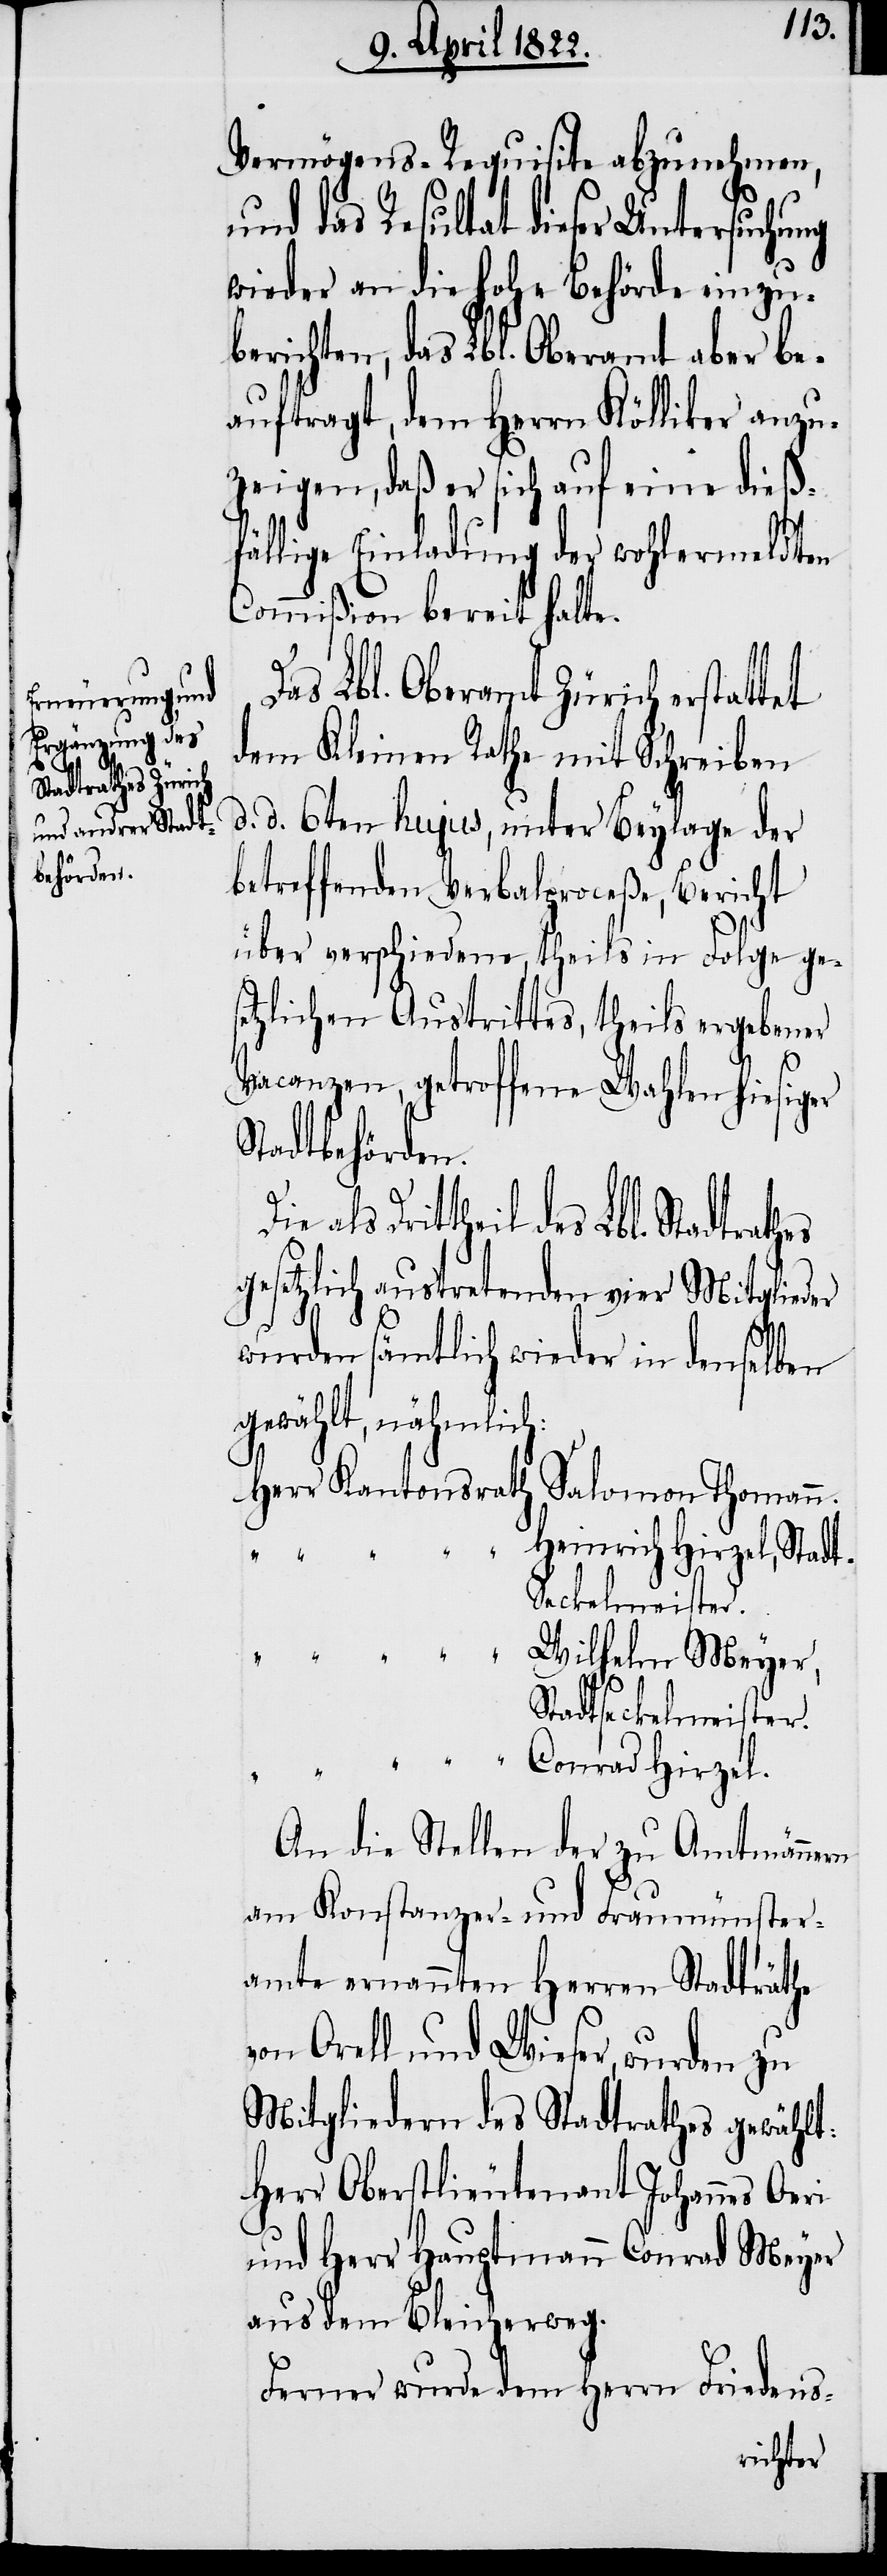
Vermögens-Requisite abzunehmen,
und das Resultat dieser Untersuchung
wieder an die hohe Behörde einzu¬
berichten, das Lbl. Oberamt aber be¬
auftragt, dem HHerrn Kölliker anzu¬
zeigen, daß er sich auf eine dieß¬
fällige Einladung der wohlermeldten
Commißion bereit halte.
Das Lbl. Oberamt Zürich erstattet
dem Kleinen Rathe mit Schreiben
d. 6ten hujus, unter Beylage der
betreffenden Verbalproceße, Bericht
über verschiedene, theils in Folge ges¬
etzlichen Austrittes, theils ergebener
Vacanzen, getroffene Wahlen hiesiger
Stadtbehörden.
Dritttheil des Lbl. Stadtrath¬
gesetzlich austretenden vier Mitglieder
es
wurden sämtlich wieder in denselben
wählt, nähmlich:
Herr Kantonsrath Salomon Thomann:
Heinrich Hirzel, St¬
ge¬
Wilhelm Meyer,
Stadtseckelmeister.
Conrad Hirzel.
An die Stellen der zu Amtmännern
am Kostanzer- und Fraumünster¬
amte ernannten Herren Stadträthe
von Orell und Wieser, wurden zu
Mitgliedern des Stadtrathes gewählt:
Herr Oberstlieutenant Johannes Oeri
und Herr Hauptmann Conrad Meyer
aus dem Bleicherweg.
Ferner wurden dem Herrn Friedens-